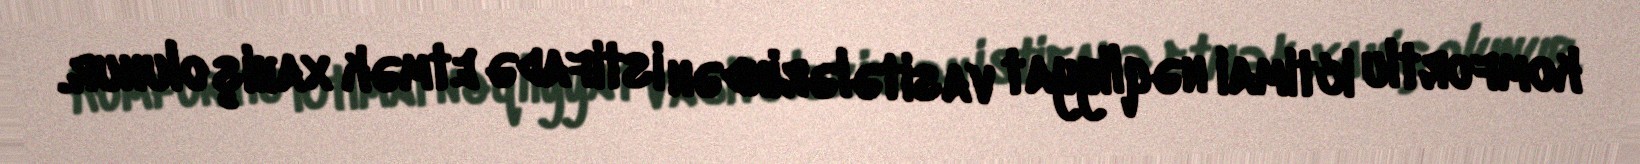
komfortlu ictimai nəqliyyat vasitələrindən istifadə etmək xahiş olunur.